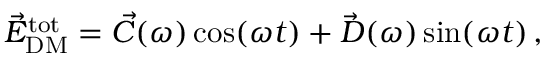
\begin{array} { r } { \vec { E } _ { \mathrm { D M } } ^ { \mathrm { t o t } } = \vec { C } ( \omega ) \cos ( \omega t ) + \vec { D } ( \omega ) \sin ( \omega t ) \, , } \end{array}